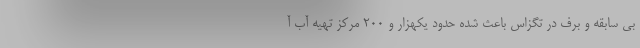
بی سابقه و برف در تگزاس باعث شده حدود یکهزار و ۲۰۰ مرکز تهیه آب آ